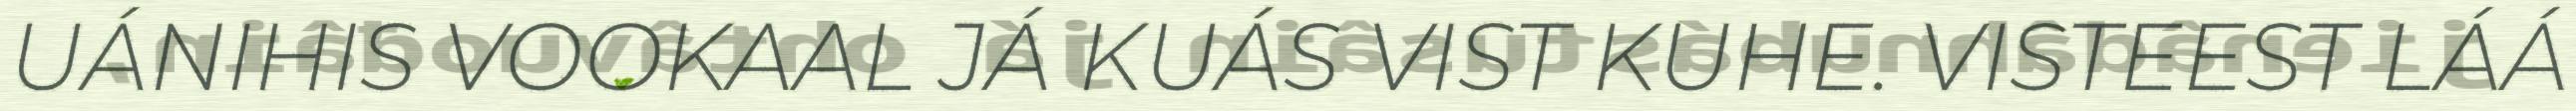
UÁNIHIS VOOKAAL JÁ KUÁS VIST KUHE. VISTEEST LÁÁ